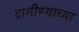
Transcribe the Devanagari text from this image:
दागीण्याच्या